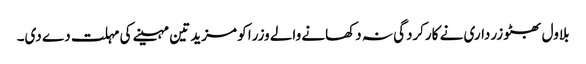
بلاول بھٹو زرداری نے کارکردگی نہ دکھانے والے وزرا کو مزید تین مہینے کی مہلت دے دی۔